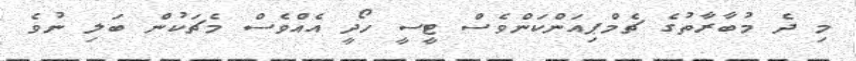
މި ދެ މުބާރާތުގެ ޗެމްޕިއަންކަންވެސް ޓީސީ ހޯދީ އެއްވެސް މެޗަކުން ބަލި ނުވެ